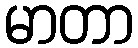
မာတာ